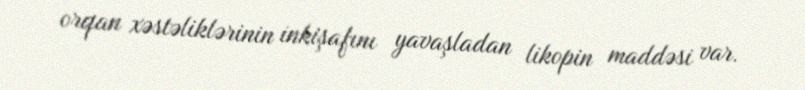
orqan xəstəliklərinin inkişafını yavaşladan likopin maddəsi var.